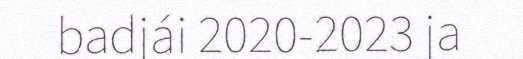
badjái 2020-2023 ja